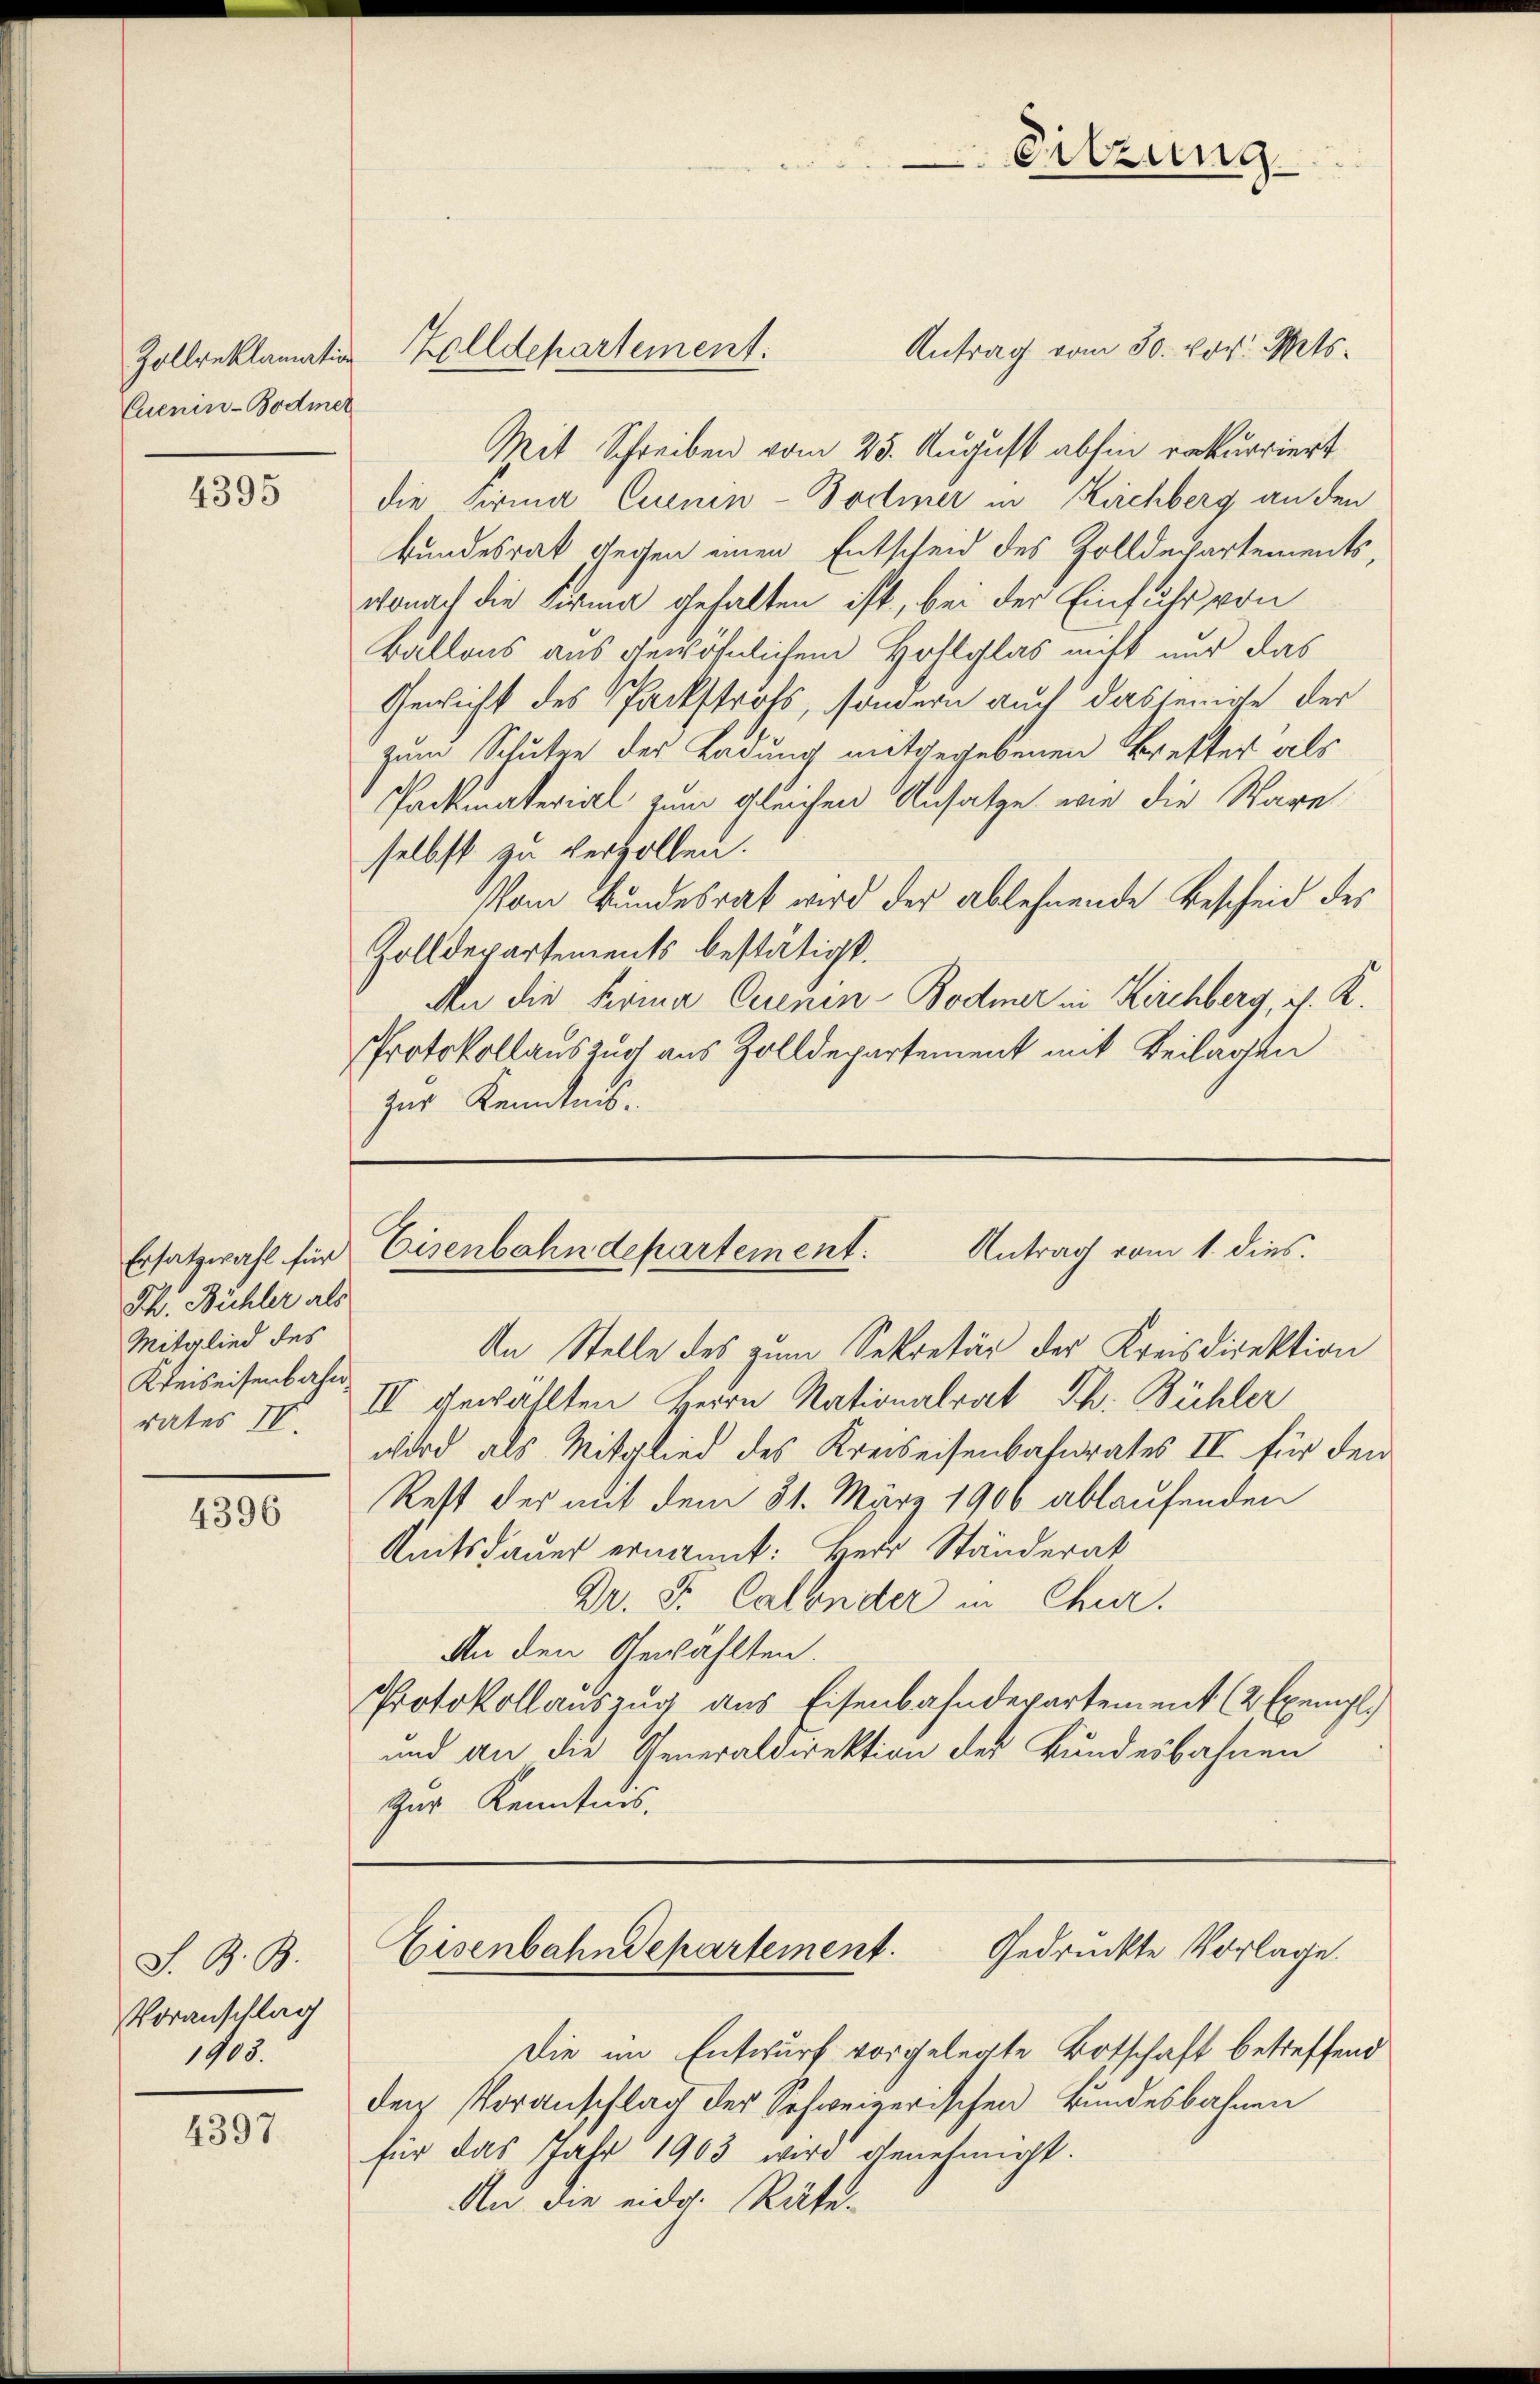
Zollreklamation
Cuenin-Bodmer

4395

Ersatzwahl für
Th. Bühler als
Mitglied des
Kreiseisenbahn
rates IV.

4396

S. B. B.
Voranschlag
1908.

4397

Antrag vom 30. vor. Mts.
Mit Schreiben vom 25. August abhin rekurriert
die Firma Cuenin-Bottiner in Kirchberg an den
kundesrat gegen einen Entscheid des Zolldepartements,
wonach die Firma gehalten ist, bei der Einfuhr von
Ballons aus gewöhnlichem Hoflglas nicht nur das
Gewicht des Packstrohs, sondern auch dasjenige der
zum Schuten der Ladung mitgegebenen Bretter als
Packmaterial zum gleichen Ansatze wie die Ware
selbst zu vergolten.
Vom Bundesrat wird der ablehnende Bescheid des
Zolldepartements bestätigt.
den die Firma Cuenin-Bodmer in Kirchberg, dh. K.
Protokollauszug aus Zolldepartement mit Beilagen
zur Kenntnis.

Zolldepartement:

An Stelle des zum Sekretär der Kreisdirektion
II gewählten Herrn Nationalrat Th. Bühler
wird als Mitglied des Kreiseisenbahnrates II für den
Rest der mit dem 31. März 1906 ablaufenden
Reitsdauer ernannt: Herr Ständerat
Dr. S. Calonder in Chur.
An den Gewählten.
Protokollauszug aus Eisenbahndepartement (2 Exempl.
und an die Generaldirektion der Bundesbahnen
Zur Kenntnis.

Sitzung

Eisenbahndepartement. Antrag vom 1. dies

Eisenbahndepartement. Gedruckte Vorlage.

Die im Entwurf vorgelegte Botschaft betreffend
der Voranschlag der Schweizerischen Bundesbahnen
für das Jahr 1903 wird genehmigt.
Au die eidg. Räte-